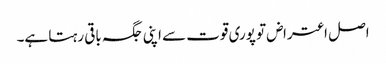
اصل اعتراض تو پوری قوت سے اپنی جگہ باقی رہتا ہے۔